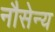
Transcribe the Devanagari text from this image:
नौसेन्य